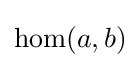
\operatorname {hom} (a,b)